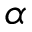
\boldsymbol { \alpha }